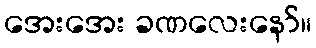
အေးအေး ခဏလေးနော်။